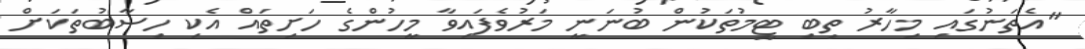
"އެތަނުގައި މިހާރު ތިބި ޓީމުތަކުން ބުނަނީ މަރުވެފައިވާ މީހުންގެ ހަށިތައް އެކި ހިސާބުތަކަށް